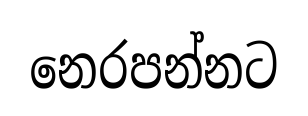
නෙරපන්නට